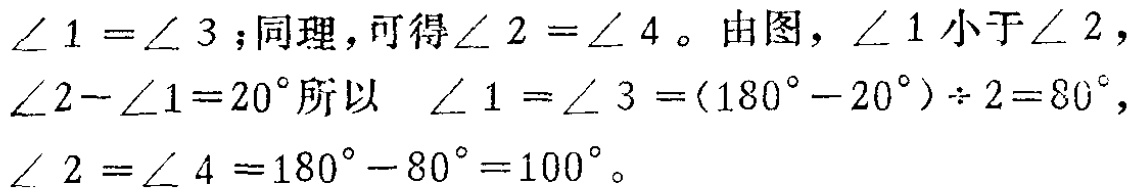
$\angle 1=\angle 3$;同理，可得$\angle 2=\angle 4$。由图，$\angle 1$小于$\angle 2$，$\angle 2 - \angle 1 = 20^{\circ}$所以 $\angle 1=\angle 3=(180^{\circ}-20^{\circ})\div 2 = 80^{\circ}$，$\angle 2=\angle 4 = 180^{\circ}-80^{\circ}=100^{\circ}$。